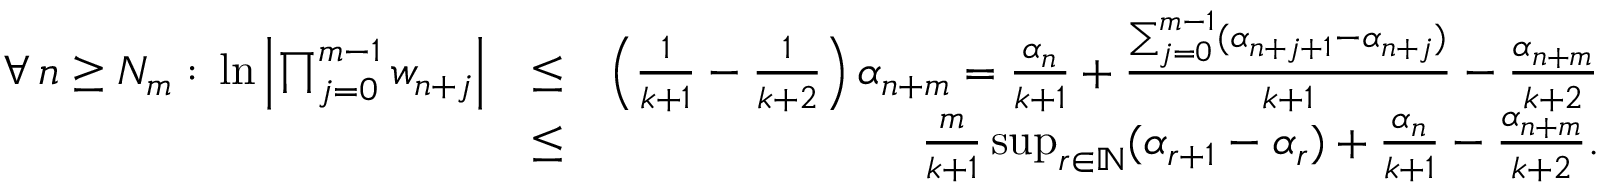
\begin{array} { r l r } { \forall \, n \geq N _ { m } : \, \ln \left| \prod _ { j = 0 } ^ { m - 1 } w _ { n + j } \right| } & { \leq } & { \left( \frac { 1 } { k + 1 } - \frac { 1 } { k + 2 } \right) \alpha _ { n + m } = \frac { \alpha _ { n } } { k + 1 } + \frac { \sum _ { j = 0 } ^ { m - 1 } ( \alpha _ { n + j + 1 } - \alpha _ { n + j } ) } { k + 1 } - \frac { \alpha _ { n + m } } { k + 2 } } \\ & { \leq } & { \frac { m } { k + 1 } \operatorname* { s u p } _ { r \in \mathbb { N } } ( \alpha _ { r + 1 } - \alpha _ { r } ) + \frac { \alpha _ { n } } { k + 1 } - \frac { \alpha _ { n + m } } { k + 2 } . } \end{array}